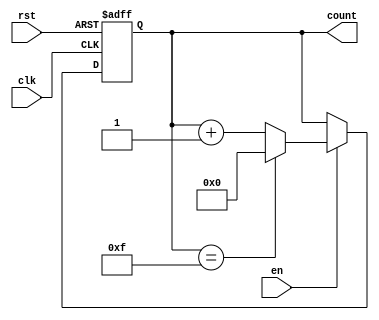
module binary_counter #(
    parameter N = 4  // Parameter to define the width of the counter (default is 4 bits)
)(
    input wire clk,    // Clock input
    input wire rst,    // Asynchronous reset input
    input wire en,     // Enable signal
    output reg [N-1:0] count // N-bit wide counter output
);

    // On the rising edge of the clock
    always @(posedge clk or posedge rst) begin
        // If reset is asserted
        if (rst) begin
            count <= 0; // Reset count to 0
        end else if (en) begin
            // Increment count with wrap-around
            count <= (count == (2**N - 1)) ? 0 : count + 1;
        end
        // If enable is not asserted, count retains its value
    end

endmodule